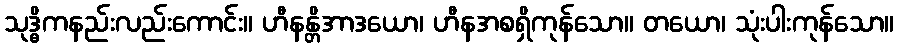
သုဒ္ဓိကနည်းလည်းကောင်း။ ဟီနန္တိအာဒယော၊ ဟီနအစရှိကုန်သော။ တယော၊ သုံးပါးကုန်သော။